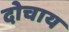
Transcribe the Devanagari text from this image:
दोचाय